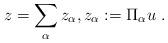
LaTeX: \begin{align*}z = \sum_{\alpha} z_\alpha, z_\alpha := \Pi_\alpha u \ . \end{align*}